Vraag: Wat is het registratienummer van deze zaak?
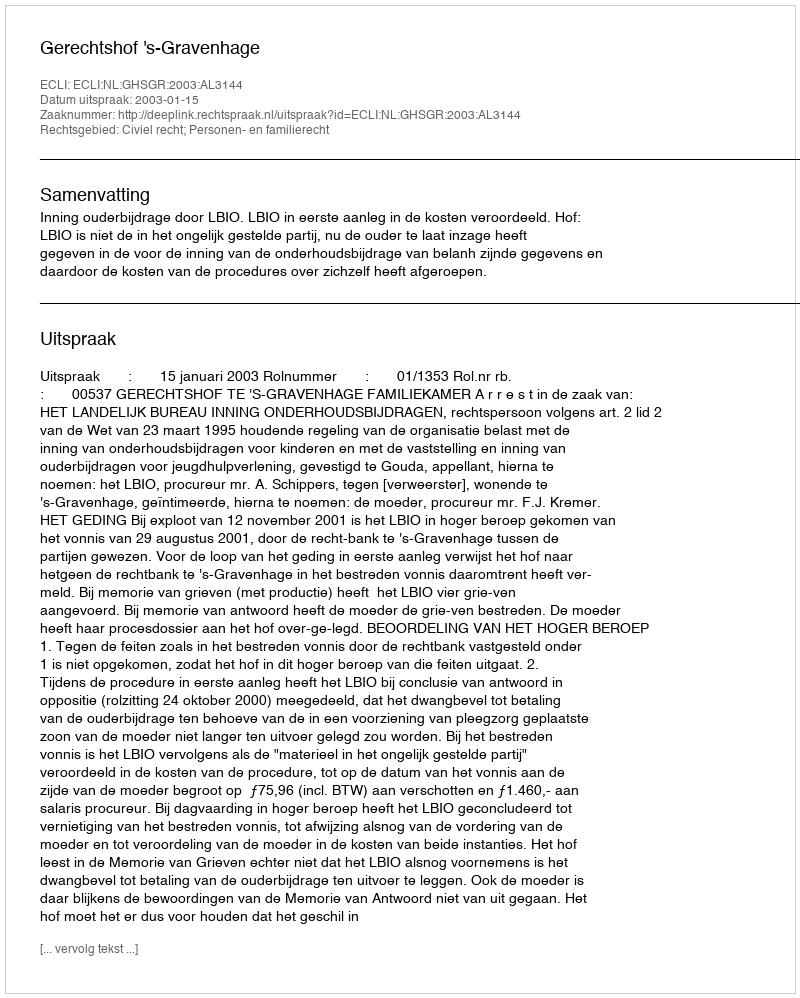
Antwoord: http://deeplink.rechtspraak.nl/uitspraak?id=ECLI:NL:GHSGR:2003:AL3144